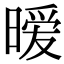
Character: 暧